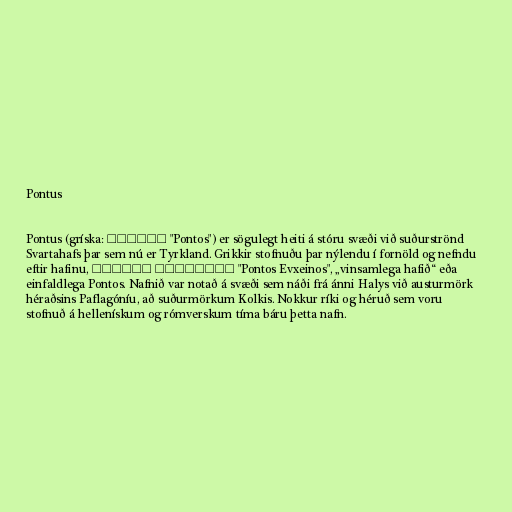
Pontus

Pontus (gríska: Πόντος "Pontos") er sögulegt heiti á stóru svæði við suðurströnd
Svartahafs þar sem nú er Tyrkland. Grikkir stofnuðu þar nýlendu í fornöld og nefndu
eftir hafinu, Πόντος Εύξεινος "Pontos Evxeinos", „vinsamlega hafið“ eða
einfaldlega Pontos. Nafnið var notað á svæði sem náði frá ánni Halys við austurmörk
héraðsins Paflagóníu, að suðurmörkum Kolkis. Nokkur ríki og héruð sem voru
stofnuð á hellenískum og rómverskum tíma báru þetta nafn.